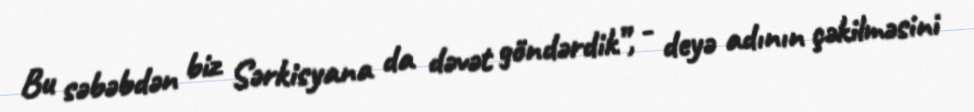
Bu səbəbdən biz Sərkisyana da dəvət göndərdik”, - deyə adının çəkilməsini